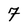
Character: 7